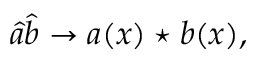
\hat { a } \hat { b } \rightarrow a ( x ) \star b ( x ) ,